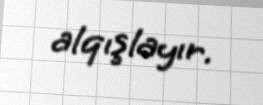
alqışlayır.